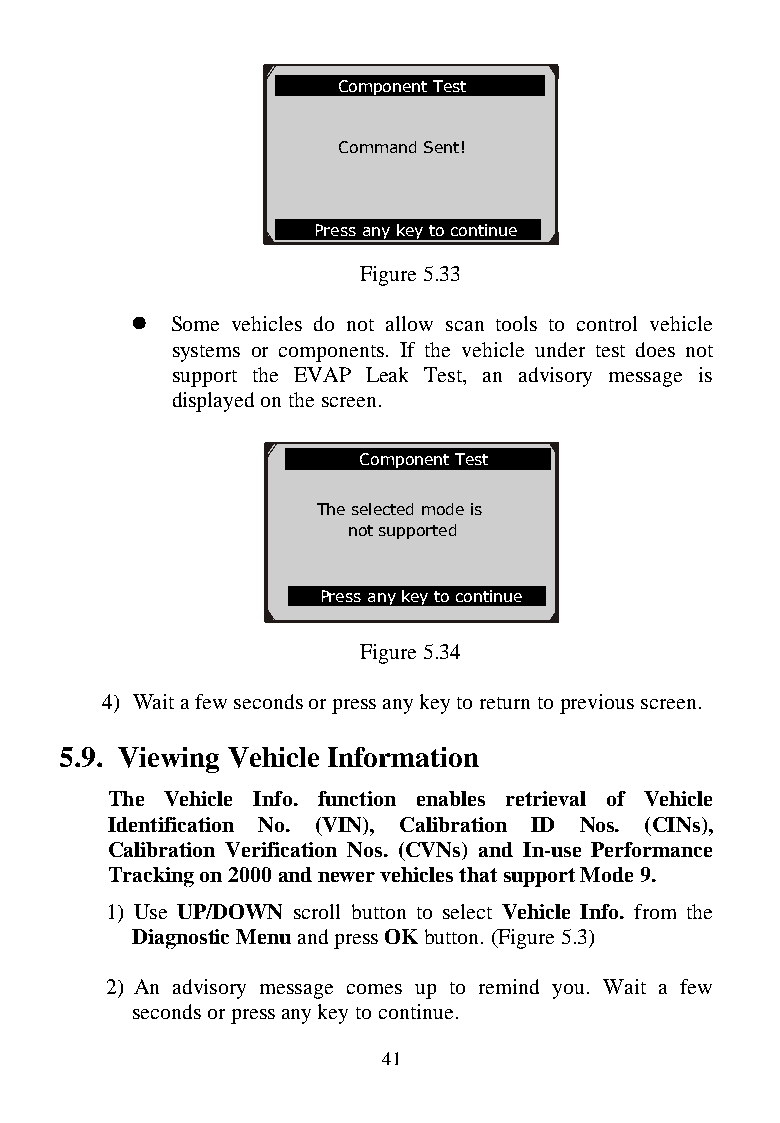
Component Test
 Command Sent!
 Press any key to continue
 Figure 5.33
  Some vehicles do not allow scan tools to control vehicle
 systems or components. If the vehicle under test does not
 support the EVAP Leak Test, an advisory message is
 displayed on the screen.
 .............Component Test
 The selected mode is
 not supported
 Press any key to continue
 Figure 5.34
 4) Wait a few seconds or press any key to return to previous screen.
 5.9. Viewing Vehicle Information
 The Vehicle Info. function enables retrieval of Vehicle
 Identification No. (VIN), Calibration ID Nos. (CINs),
 Calibration Verification Nos. (CVNs) and In-use Performance
 Tracking on 2000 and newer vehicles that support Mode 9.
 1) Use UP/DOWN scroll button to select Vehicle Info. from the
 Diagnostic Menu and press OK button. (Figure 5.3)
 2) An advisory message comes up to remind you. Wait a few
 seconds or press any key to continue.
 41